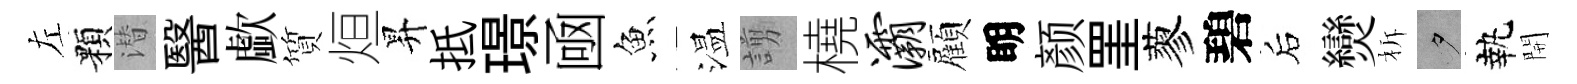
左顆潜醫歔質烜昇抵璟凾魚温謭橈灞顏眀颜罣蓼碧后𤓖柝夕執開